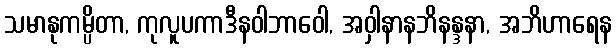
သမာနုကမ္ပိတာ, ကုလူပကာဒီနဝါဘာဝေါ, အဝှါနာနဘိနန္ဒနာ, အဘိဟာရေန